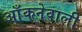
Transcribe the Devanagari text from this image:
आँकनेवाली